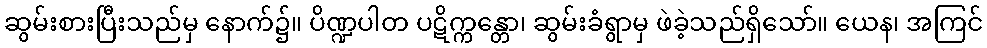
ဆွမ်းစားပြီးသည်မှ နောက်၌။ ပိဏ္ဍပါတ ပဋိက္ကန္တော၊ ဆွမ်းခံရွာမှ ဖဲခဲ့သည်ရှိသော်။ ယေန၊ အကြင်